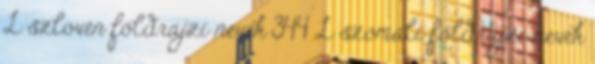
L szlovén földrajzi nevek‎ 344 L szomáli földrajzi nevek‎